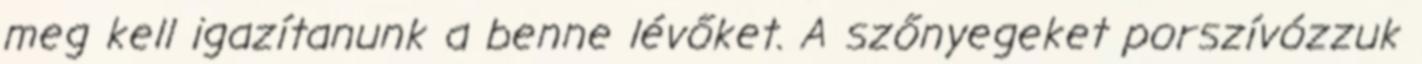
meg kell igazítanunk a benne lévőket. A szőnyegeket porszívózzuk